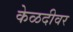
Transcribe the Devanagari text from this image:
केळदीवर